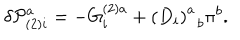
\delta { \cal P } _ { ( 2 ) i } ^ { a } = - G _ { i } ^ { ( 2 ) a } + \left( D _ { i } \right) _ { \; \; b } ^ { a } \pi ^ { b } .